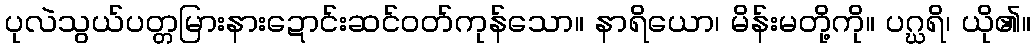
ပုလဲသွယ်ပတ္တမြားနားဍောင်းဆင်ဝတ်ကုန်သော။ နာရိယော၊ မိန်းမတို့ကို။ ပဂ္ဃရိ၊ ယို၏။